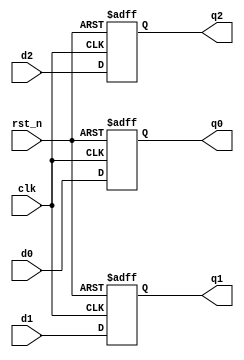
`define DEBUG

module dff_3_pipe
#(
    parameter DATA_WIDTH = 8
)(
    input clk,
    input rst_n,
    input [DATA_WIDTH-1:0] d0,
    input [DATA_WIDTH-1:0] d1,
    input [DATA_WIDTH-1:0] d2,

    output reg [DATA_WIDTH-1:0] q0,
    output reg [DATA_WIDTH-1:0] q1,
    output reg [DATA_WIDTH-1:0] q2
);

always @(posedge clk or negedge rst_n)
begin : register_bank_3u
    if(~rst_n) begin
        q0 <= {DATA_WIDTH{1'b0}};
        q1 <= {DATA_WIDTH{1'b0}};
        q2 <= {DATA_WIDTH{1'b0}};
    end else begin
        q0 <= d0;
        q1 <= d1;
        q2 <= d2;
    end
end

endmodule/* --------------------------------------------------------------------------------